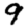
Digit: 9